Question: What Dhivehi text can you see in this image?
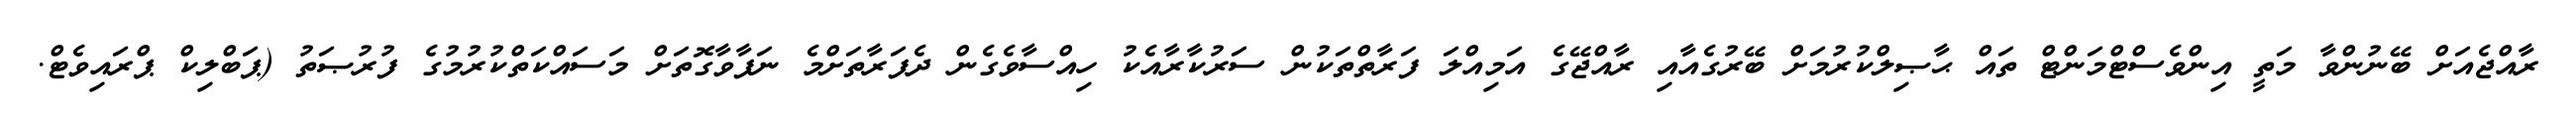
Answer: ރާއްޖެއަށް ބޭނުންވާ މަތީ އިންވެސްޓްމަންޓް ތައް ޙާޞިލްކުރުމަށް ބޭރުގެއާއި ރާއްޖޭގެ އަމިއްލަ ފަރާތްތަކުން ސަރުކާރާއެކު ހިއްސާވެގެން ދެފަރާތަށްމެ ނަފާވާގޮތަށް މަސައްކަތްކުރުމުގެ ފުރުޞަތު (ޕަބްލިކް ޕްރައިވެޓް.